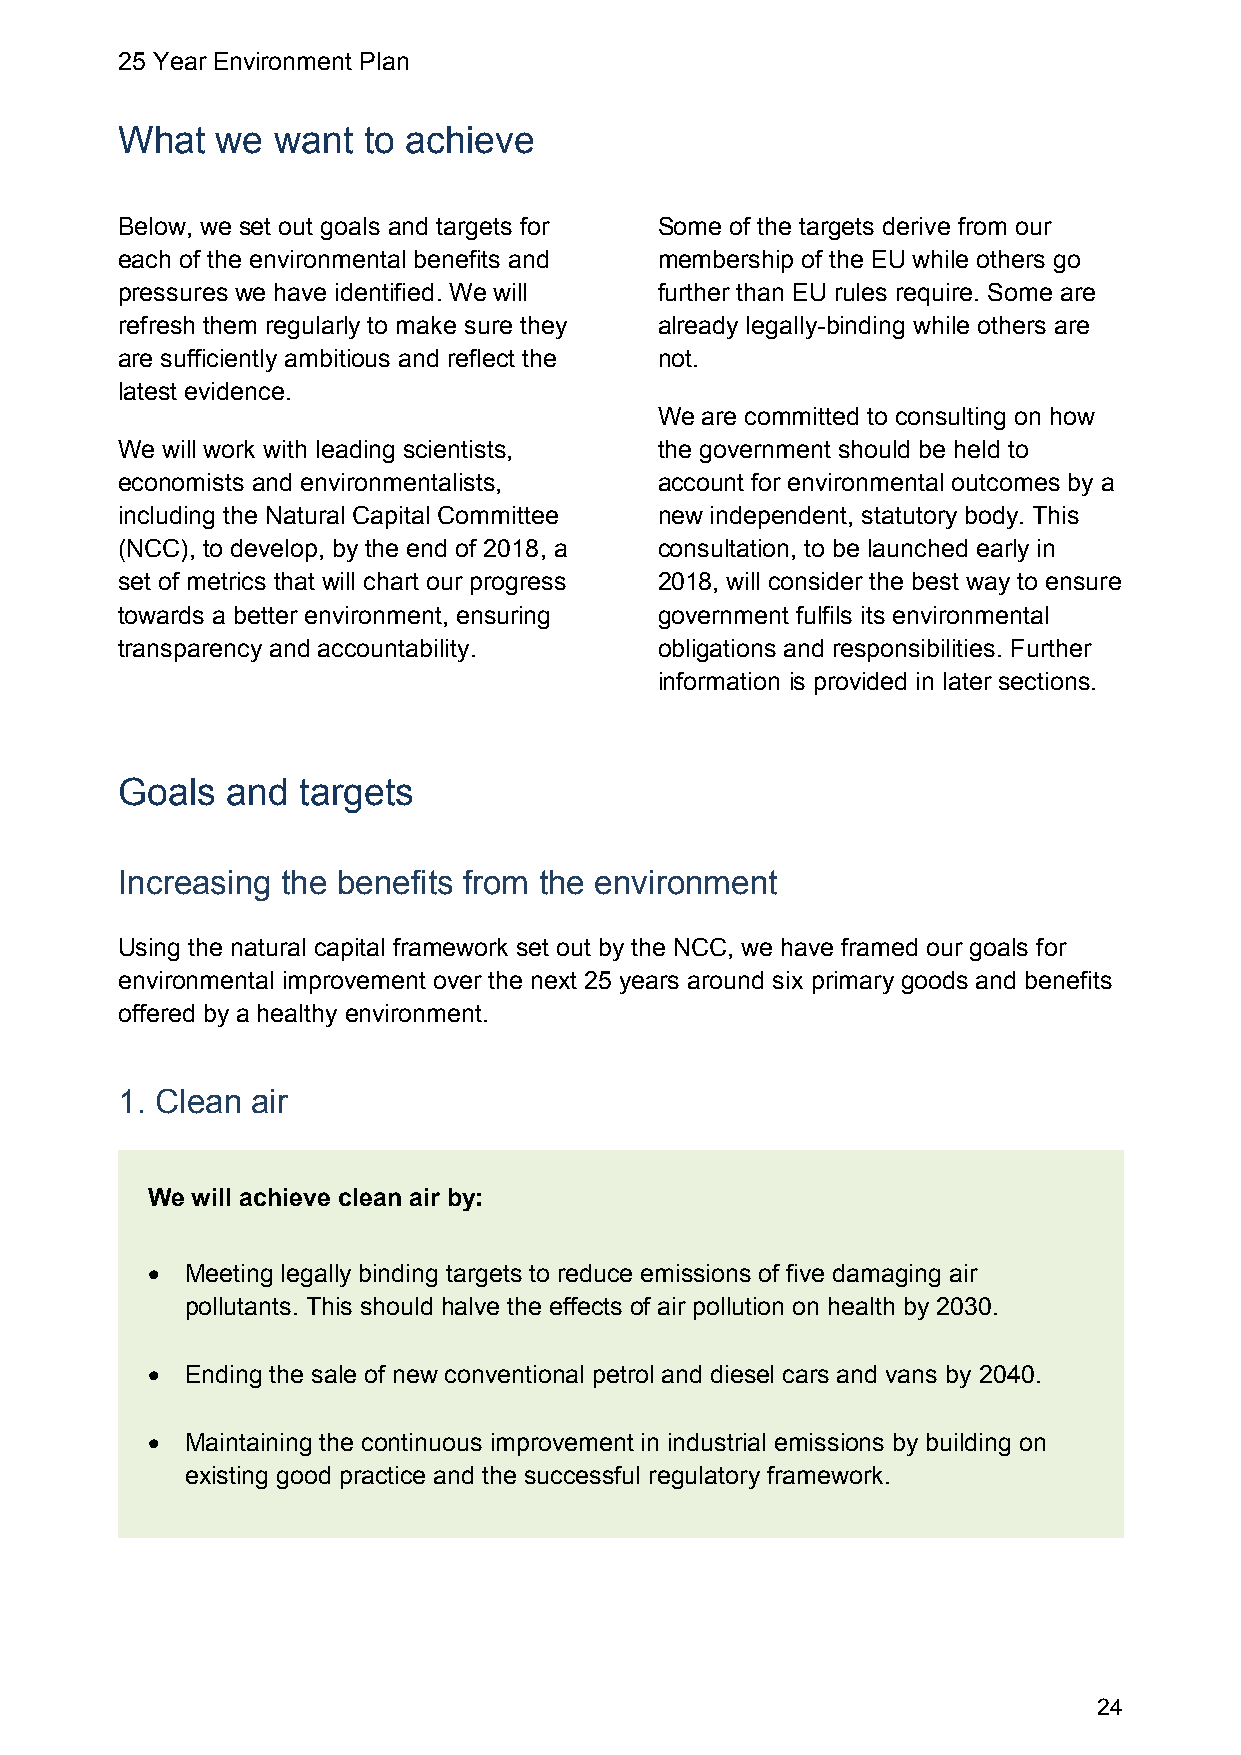
25 Year Environment Plan
 What  we  want  to achieve
 Below, we set out goals and targets for Some of the targets derive from our
 each of the environmental benefits and membership of the EU while others go
 pressures we have identified. We will further than EU rules require. Some are
 refresh them regularly to make sure they already legally-binding while others are
 are sufficiently ambitious and reflect the not.
 latest evidence.
 We are committed to consulting on how
 We will work with leading scientists, the government should be held to
 economists and environmentalists,   account for environmental outcomes by a
 including the Natural Capital Committee new independent, statutory body. This
 (NCC), to develop, by the end of 2018, a consultation, to be launched early in
 set of metrics that will chart our progress 2018, will consider the best way to ensure
 towards a better environment, ensuring government fulfils its environmental
 transparency and accountability.    obligations and responsibilities. Further
 information is provided in later sections.
 Goals  and  targets
 Increasing the benefits from the environment
 Using the natural capital framework set out by the NCC, we have framed our goals for
 environmental improvement over the next 25 years around six primary goods and benefits
 offered by a healthy environment.
 1. Clean air
 We will achieve clean air by:
  Meeting legally binding targets to reduce emissions of five damaging air
 pollutants. This should halve the effects of air pollution on health by 2030.
  Ending the sale of new conventional petrol and diesel cars and vans by 2040.
  Maintaining the continuous improvement in industrial emissions by building on
 existing good practice and the successful regulatory framework.
 24